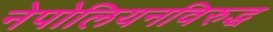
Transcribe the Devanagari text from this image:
नेपोलियनविरुद्ध